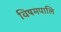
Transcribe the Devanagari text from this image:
विषमपालि